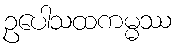
ဥပေါသထကမ္မဿ